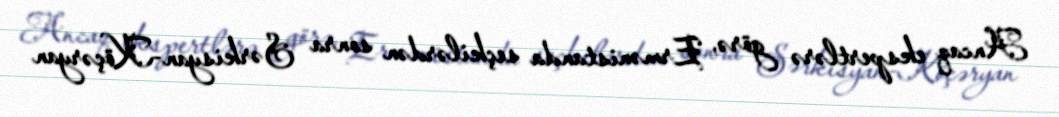
Ancaq ekspertlərə görə, Ermənistanda seçkilərdən sonra Sərkisyan-Köçəryan